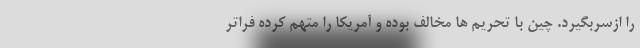
را ازسربگیرد. چین با تحریم ها مخالف بوده و آمریکا را متهم کرده فراتر